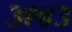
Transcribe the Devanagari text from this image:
३९४३